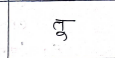
मजकूर: तू